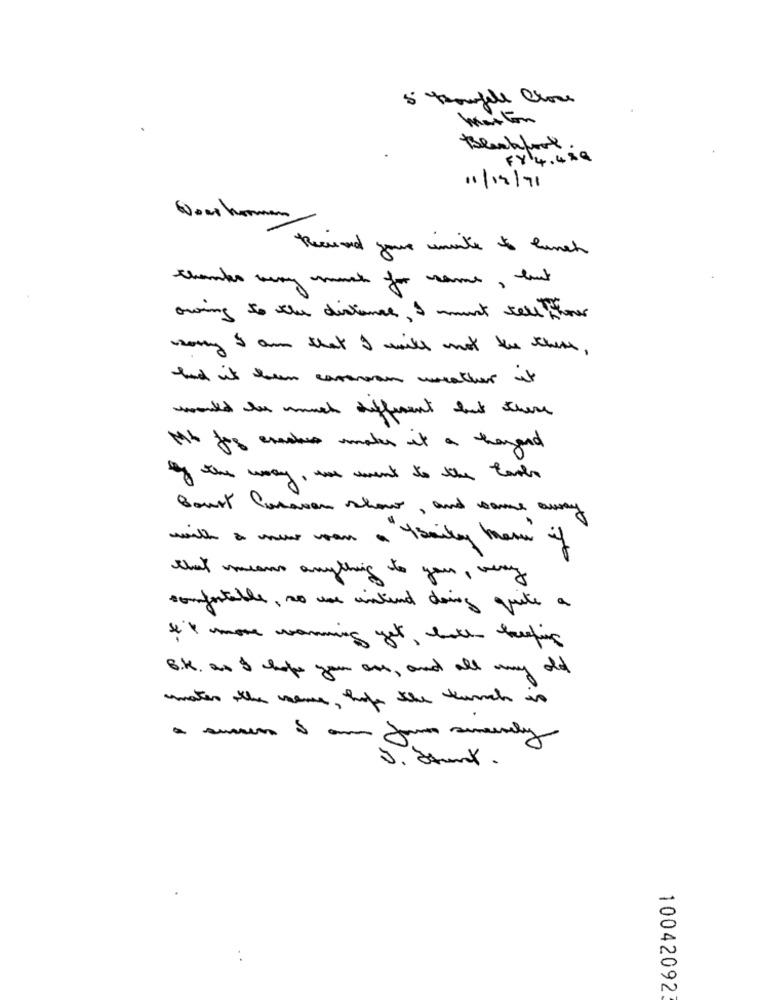
5 pourfele Close
Blackfood.
FY4.489
11/19/71
Now hormon
Recuned your woke to lunch
thanks very much for some, but
owing to the distance, I must tell flores
sorry I am that I will not the theme ,
had it been caravan weather it
would be much different but there
Mit fog exactes makes it a theyard
by the way , we went to the East
Court Caravan show, and some away
with a new moon a I baily here if
that means anything to your, very
comfortable , so use intend doing quite a
It's more warning yet, both beefing
B.K. as I hope you are, and all my old
makes the same , hofe the lunch is
10
10042092